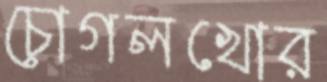
চোগলখোর